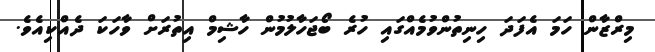
މިރްޒާން ހަމަ އެފަދަ ހިނިތުންވުމެއްގައި ހުރެ ބޯޖަހާލުމުން ހާޝިމް އިތުރަށް ވާހަކަ ދެއްކިއެވެ.